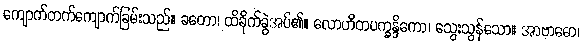
ကျောက်တက်ကျောက်ခြမ်းသည်။ ခတော၊ ထိခိုက်ခွဲအပ်၏။ လောဟိတပက္ခန္ဒိကော၊ သွေးသွန်သော။ အာဗာဓော၊